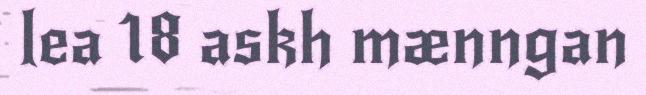
lea 18 askh mænngan